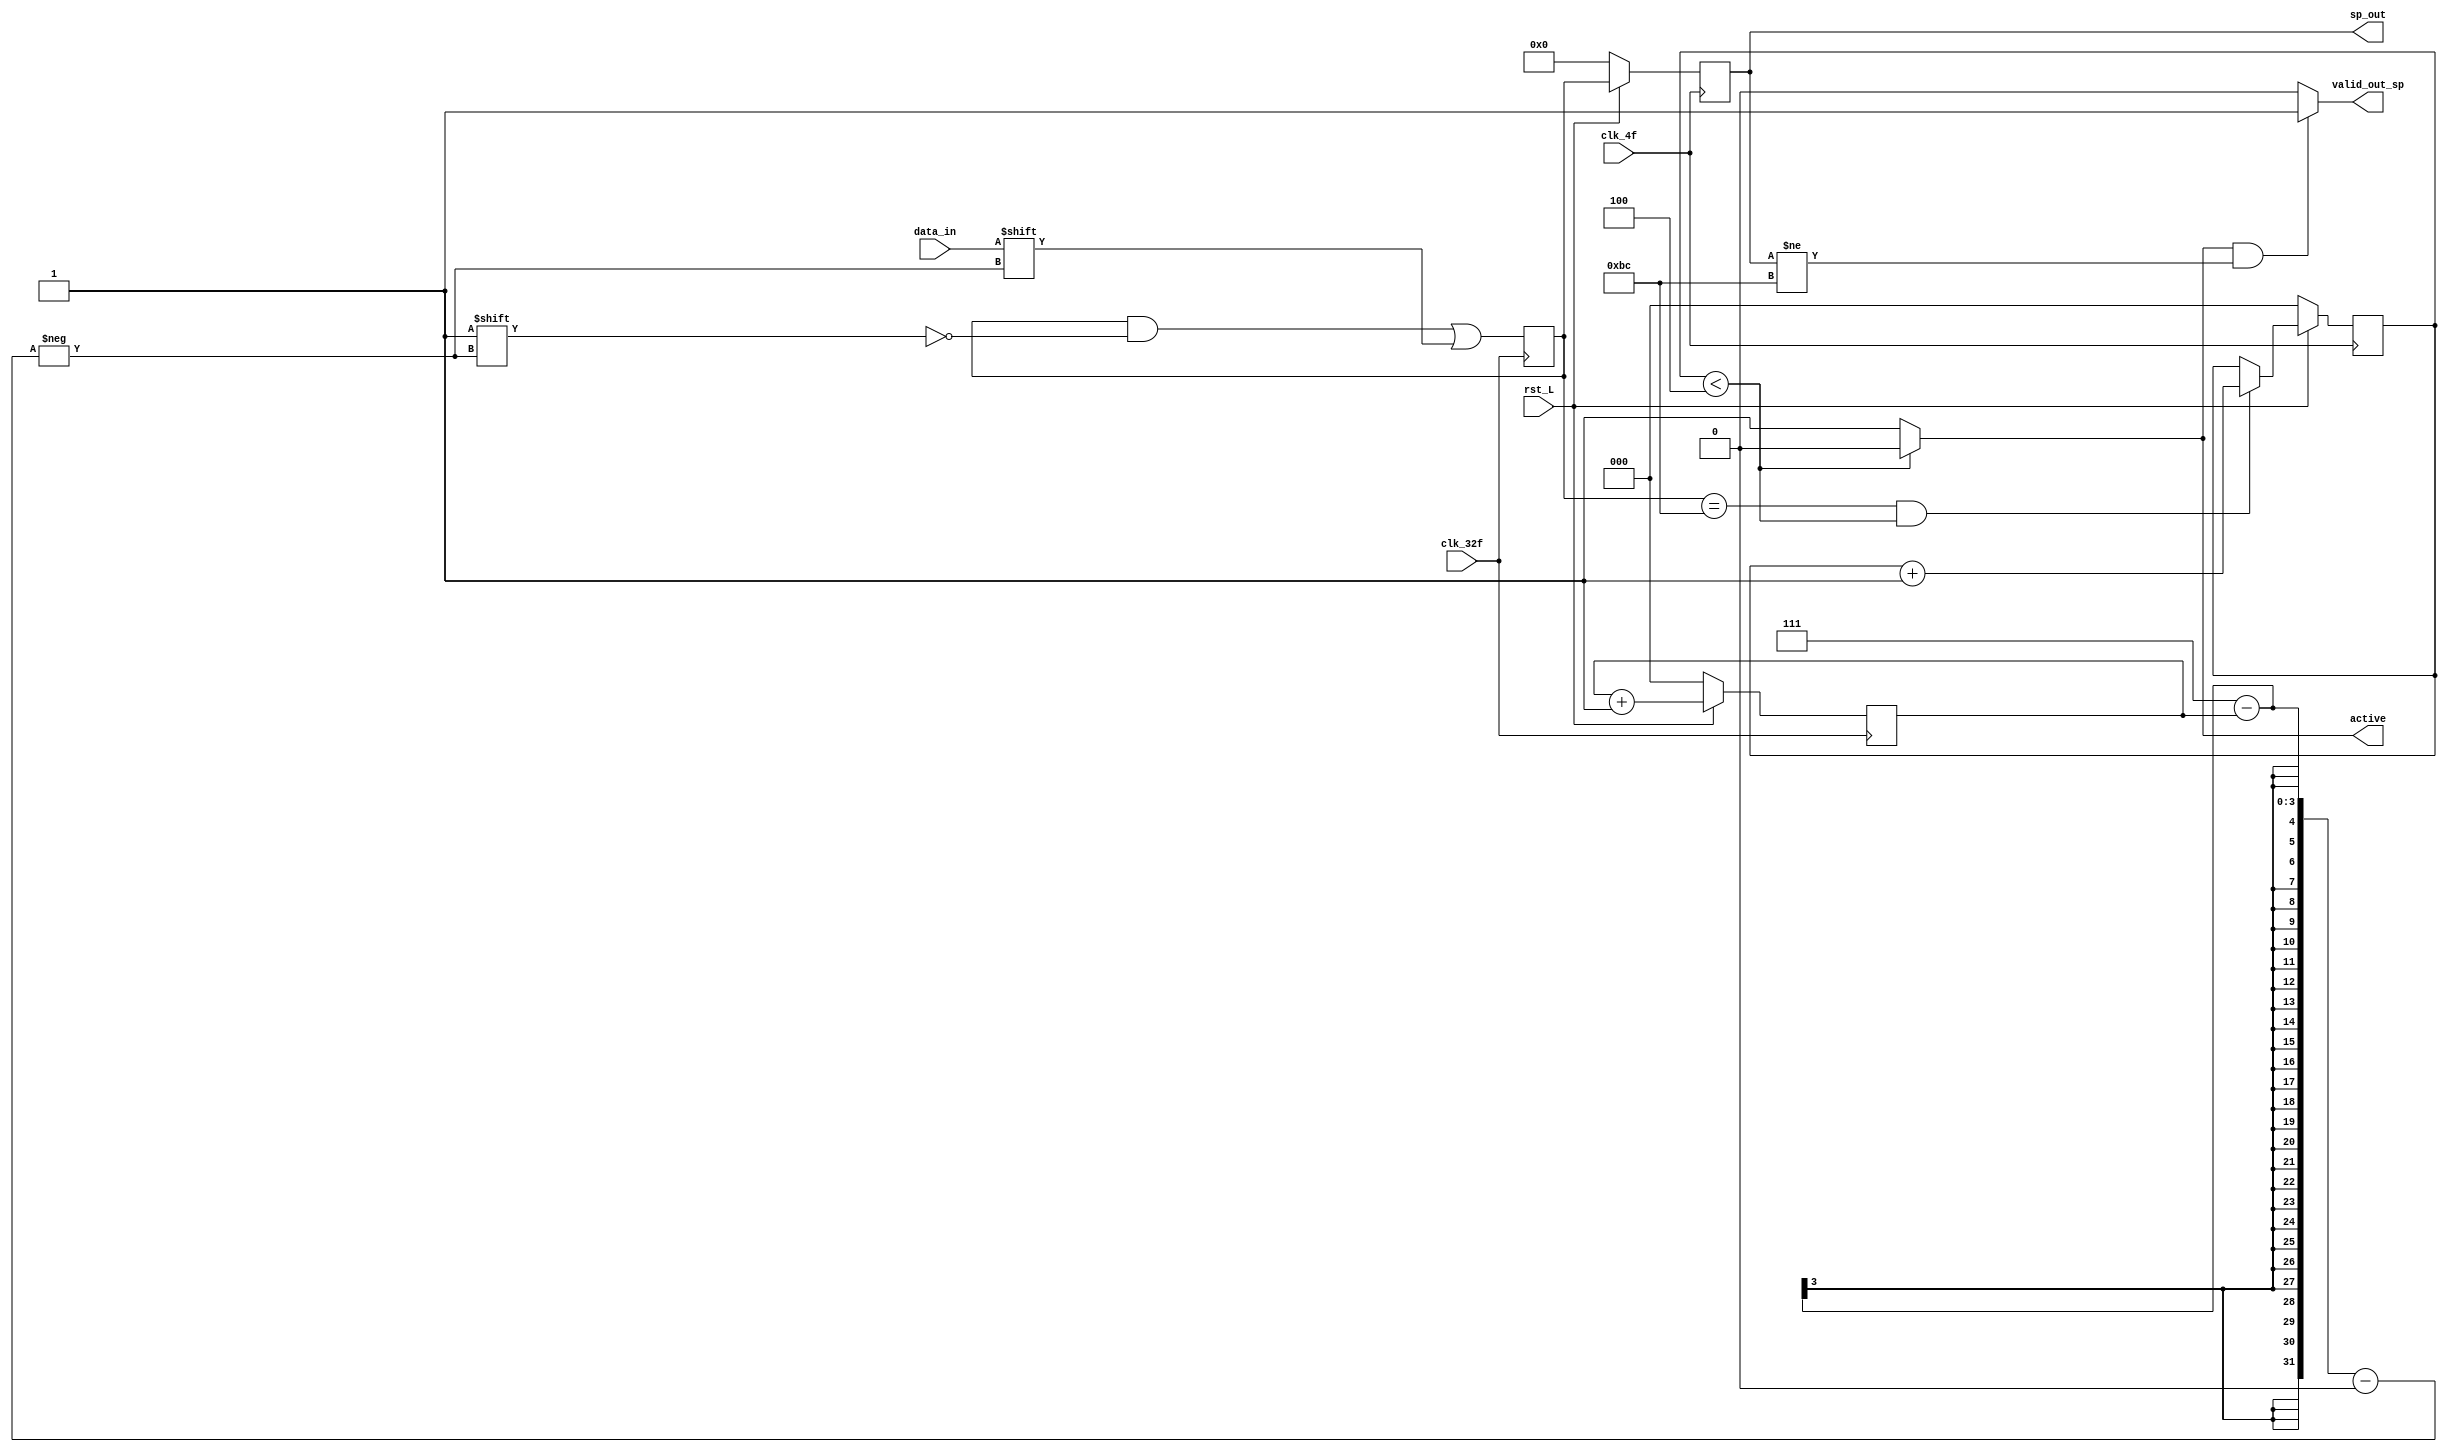
module serial_paralelo_rx (
    output reg [7:0]sp_out,
    output reg valid_out_sp,
    output reg active,
    input data_in,
    input rst_L,
    input clk_4f,
    input clk_32f);

    reg [7:0] serial_in;
    reg [2:0] counter;
    reg [2:0] BCcounter;

     always @(posedge clk_32f) begin 
        if(~rst_L) begin
            counter <= 0;
            //serial_in <= 0;
        end
        else begin     
            counter <= counter + 1;
        end                         
    end      

    always @(negedge clk_32f) begin
        serial_in[7-counter] = data_in; 
    end

    always @(posedge clk_4f) begin
        if(~rst_L) begin
            BCcounter <= 0;
            sp_out <= 0;
            //sp_out <= 0;  
        end
        else begin
            sp_out <= serial_in; 
            if (serial_in == 8'hBC && BCcounter < 4) 
                BCcounter <= BCcounter + 1;  
        end   
    end 

    always @(*) begin
        active = 1'b0;
        if(BCcounter < 4) begin
            active = 1'b0;
        end 
        else begin
            active = 1'b1; 
        end
    end

    always @(*) begin
        valid_out_sp = 1'b0;
        if (active && sp_out != 8'hBC)
            valid_out_sp = 1'b1;
        else
            valid_out_sp = 1'b0;
    end
endmodule